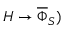
H \rightarrow \overline { { \Phi } } _ { S } )